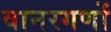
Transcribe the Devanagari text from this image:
वानरगणों